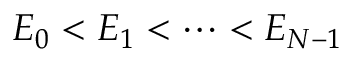
E _ { 0 } < E _ { 1 } < \cdots < E _ { N - 1 }